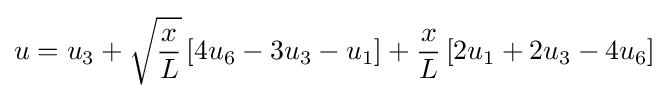
u=u_{3}+{\sqrt {\frac {x}{L}}}\left[4u_{6}-3u_{3}-u_{1}\right]+{\frac {x}{L}}\left[2u_{1}+2u_{3}-4u_{6}\right]